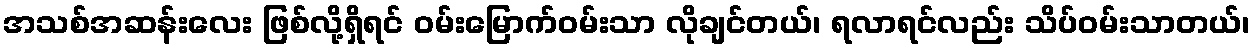
အသစ်အဆန်းလေး ဖြစ်လို့ရှိရင် ဝမ်းမြောက်ဝမ်းသာ လိုချင်တယ်၊ ရလာရင်လည်း သိပ်ဝမ်းသာတယ်၊